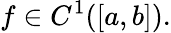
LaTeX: f\in C^{1}([a,b]).